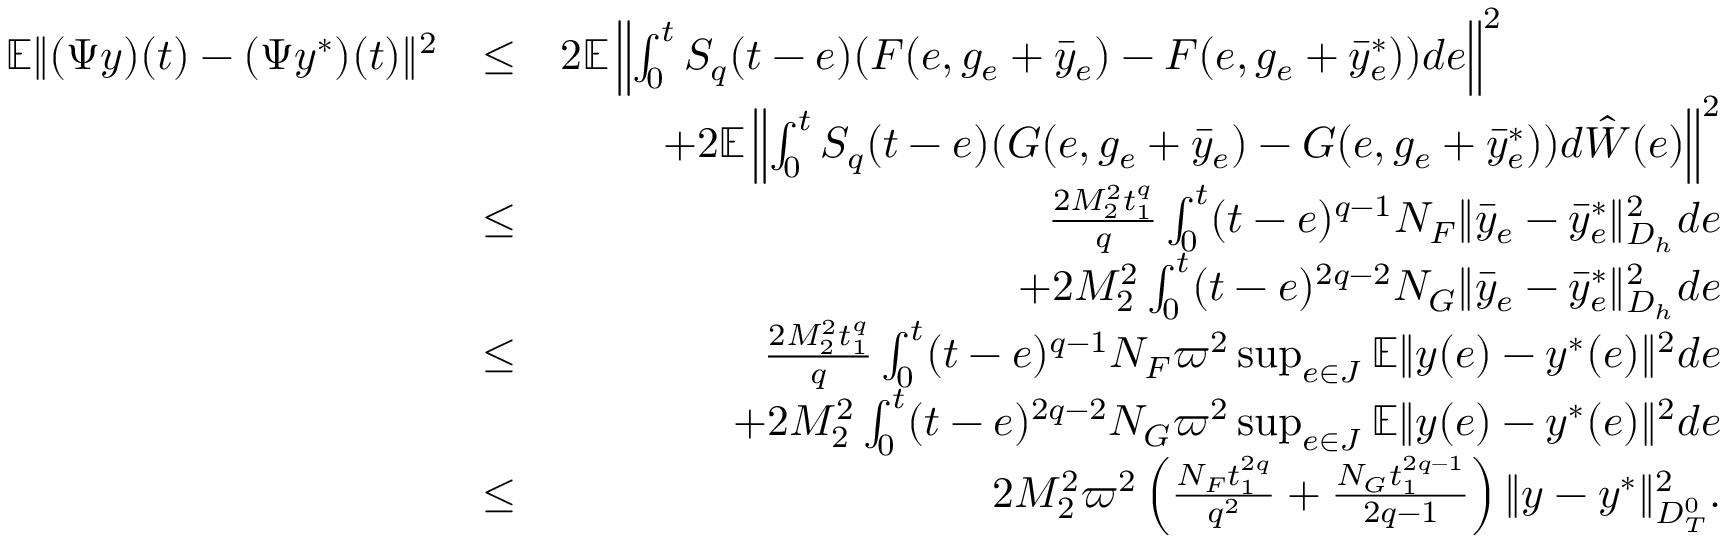
\begin{array} { r l r } { \mathbb { E } \| ( { \Psi } y ) ( t ) - ( \Psi y ^ { * } ) ( t ) \| ^ { 2 } } & { \leq } & { 2 \mathbb { E } \left\| \int _ { 0 } ^ { t } { \cal S } _ { q } ( t - e ) ( { \cal F } ( e , g _ { e } + \bar { y } _ { e } ) - { \cal F } ( e , g _ { e } + \bar { y } _ { e } ^ { * } ) ) d e \right\| ^ { 2 } \qquad \qquad \quad } \\ & { } & { + 2 \mathbb { E } \left\| \int _ { 0 } ^ { t } { \cal S } _ { q } ( t - e ) ( { \cal G } ( e , g _ { e } + \bar { y } _ { e } ) - { \cal G } ( e , g _ { e } + \bar { y } _ { e } ^ { * } ) ) d \hat { \cal W } ( e ) \right\| ^ { 2 } } \\ & { \leq } & { \frac { 2 { \cal M } _ { 2 } ^ { 2 } t _ { 1 } ^ { q } } { q } \int _ { 0 } ^ { t } ( t - e ) ^ { q - 1 } N _ { \cal F } \| \bar { y } _ { e } - \bar { y } _ { e } ^ { * } \| _ { { \cal D } _ { h } } ^ { 2 } d e } \\ & { } & { + 2 { \cal M } _ { 2 } ^ { 2 } \int _ { 0 } ^ { t } ( t - e ) ^ { 2 q - 2 } N _ { \cal G } \| \bar { y } _ { e } - \bar { y } _ { e } ^ { * } \| _ { { \cal D } _ { h } } ^ { 2 } d e } \\ & { \leq } & { \frac { 2 { \cal M } _ { 2 } ^ { 2 } t _ { 1 } ^ { q } } { q } \int _ { 0 } ^ { t } ( t - e ) ^ { q - 1 } N _ { \cal F } \varpi ^ { 2 } \operatorname* { s u p } _ { e \in { \cal J } } \mathbb { E } \| y ( e ) - y ^ { * } ( e ) \| ^ { 2 } d e } \\ & { } & { + 2 { \cal M } _ { 2 } ^ { 2 } \int _ { 0 } ^ { t } ( t - e ) ^ { 2 q - 2 } N _ { \cal G } \varpi ^ { 2 } \operatorname* { s u p } _ { e \in { \cal J } } \mathbb { E } \| y ( e ) - y ^ { * } ( e ) \| ^ { 2 } d e } \\ & { \leq } & { 2 { \cal M } _ { 2 } ^ { 2 } \varpi ^ { 2 } \left( \frac { N _ { \cal F } t _ { 1 } ^ { 2 q } } { q ^ { 2 } } + \frac { N _ { \cal G } t _ { 1 } ^ { 2 q - 1 } } { 2 q - 1 } \right) \| y - y ^ { * } \| _ { { \cal D } _ { T } ^ { 0 } } ^ { 2 } . } \end{array}